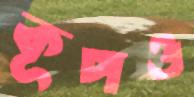
কূপও